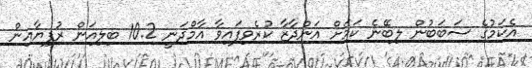
އެކަމުގެ ސަބަބުން ލިބޭނެ ކަމަށް އަންދާޒާ ކުރެވިފައިވާ އާމްދަނީ 10.2 ބިލިއަން ރުފިޔާއިން